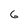
Character: 6